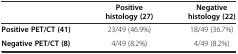
<table><thead><tr><td></td><td><b>Positive histology (27)</b></td><td><b>Negative histology (22)</b></td></tr></thead><tbody><tr><td><b>Positive PET/CT (41)</b></td><td>23/49 (46.9%)</td><td>18/49 (36.7%)</td></tr><tr><td><b>Negative PET/CT (8)</b></td><td>4/49 (8.2%)</td><td>4/49 (8.2%)</td></tr></tbody></table>